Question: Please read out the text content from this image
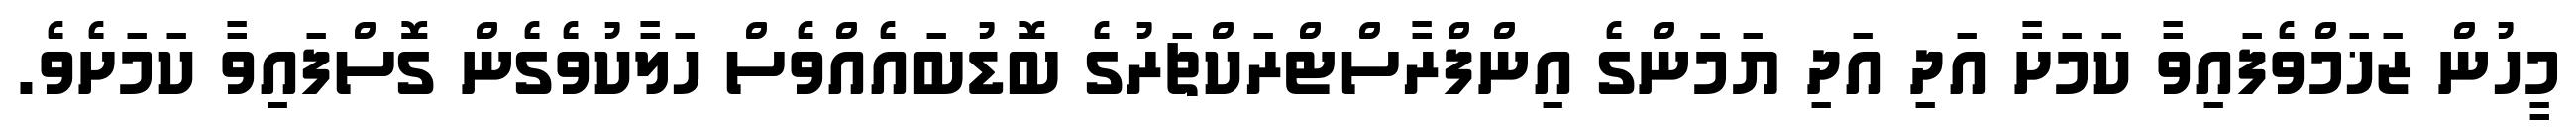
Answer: މީހުން ޒަޚަމްވެފައިވާ ކަމަށާ އަދި އަދި ޔަމަންގެ އިންފްރާސްޓްރަކްޗަރުގެ ބޮޑުބައެއްވެސް ހަލާކުވެގެން ގޮސްފައިވާ ކަމަށެވެ.